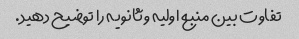
تفاوت بین منبع اولیه و ثانویه را توضیح دهید.